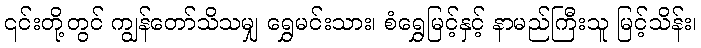
၎င်းတို့တွင် ကျွန်တော်သိသမျှ ရွှေမင်းသား၊ စံရွှေမြင့်နှင့် နာမည်ကြီးသူ မြင့်သိန်း၊